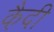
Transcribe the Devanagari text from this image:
कै़दी